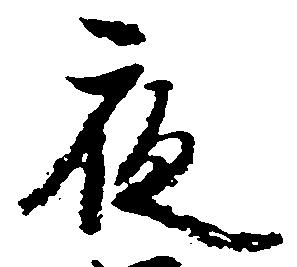
夜